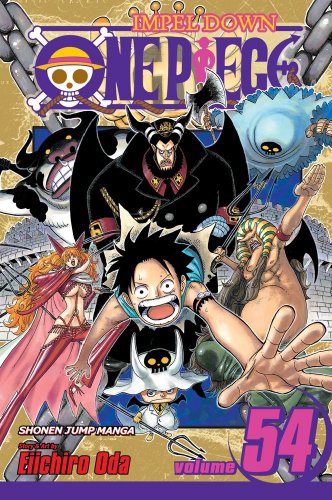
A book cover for One Piece, Vol. 54; Eiichiro Oda; Comics & Graphic Novels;